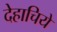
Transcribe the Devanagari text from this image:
देहाचिये